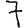
Digit: 7